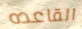
القاعده